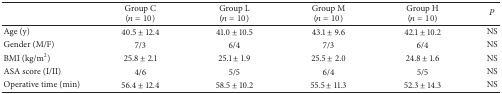
<table><thead><tr><td><b> </b></td><td><b>Group C(<i>n</i> = 10)</b></td><td><b>Group L(<i>n</i> = 10)</b></td><td><b>Group M(<i>n</i> = 10)</b></td><td><b>Group H(<i>n</i> = 10)</b></td><td><b><i>P</i></b></td></tr></thead><tbody><tr><td>Age (y)</td><td>40.5 ± 12.4</td><td>41.0 ± 10.5</td><td>43.1 ± 9.6</td><td>42.1 ± 10.2</td><td>NS</td></tr><tr><td>Gender (M/F)</td><td>7/3</td><td>6/4</td><td>7/3</td><td>6/4</td><td>NS</td></tr><tr><td>BMI (kg/m<sup>2</sup>)</td><td>25.8 ± 2.1</td><td>25.1 ± 1.9</td><td>25.5 ± 2.0</td><td>24.8 ± 1.6</td><td>NS</td></tr><tr><td>ASA score (I/II)</td><td>4/6</td><td>5/5</td><td>6/4</td><td>5/5</td><td>NS</td></tr><tr><td>Operative time (min)</td><td>56.4 ± 12.4</td><td>58.5 ± 10.2</td><td>55.5 ± 11.3</td><td>52.3 ± 14.3</td><td>NS</td></tr></tbody></table>